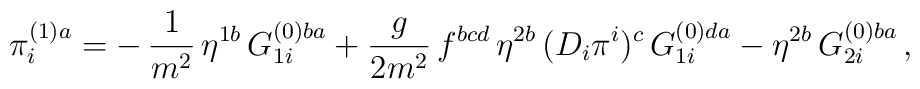
\pi_i^{(1)a}=-\,\frac{1}{m^2}\,\eta^{1b}\,G_{1i}^{(0)ba}+\frac{g}{2m^2}\,f^{bcd}\,\eta^{2b}\,(D_i\pi^i)^c\,G_{1i}^{(0)da}-\eta^{2b}\,G_{2i}^{(0)ba}\,,